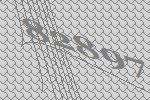
82897